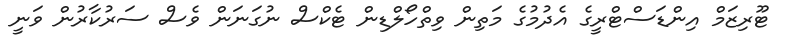
ޓޫރިޒަމް އިންޑަސްޓްރީގެ އެދުމުގެ މަތިން ވިތްހޯލްޑިން ޓެކްސް ނުގަނަން ވެސް ސަރުކާރުން ވަނީ